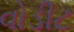
વોડીટ